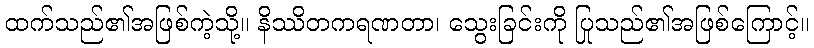
ထက်သည်၏အဖြစ်ကဲ့သို့။ နိဿိတကရဏတာ၊ သွေးခြင်းကို ပြုသည်၏အဖြစ်ကြောင့်။